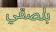
بلصقي